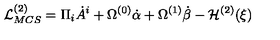
{ \cal L } _ { M C S } ^ { ( 2 ) } = \Pi _ { i } \dot { A } ^ { i } + \Omega ^ { ( 0 ) } \dot { \alpha } + \Omega ^ { ( 1 ) } \dot { \beta } - { \cal H } ^ { ( 2 ) } ( \xi )